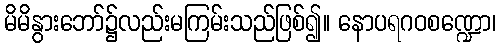
မိမိနွားဘော်၌လည်းမကြမ်းသည်ဖြစ်၍။ နောပရဂဝစဏ္ဍော၊